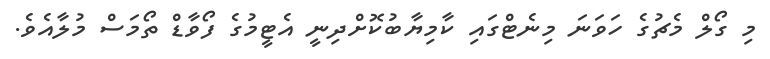
މި ގޯލް މެޗުގެ ހަވަނަ މިނެޓްގައި ކާމިޔާބުކޮށްދިނީ އެޓީމުގެ ފޯވާޑް ތޯމަސް މުލާއެވެ.